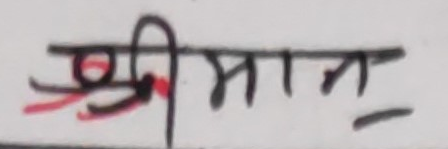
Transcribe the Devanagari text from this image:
श्रीमान्